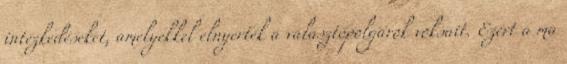
intézkedéseket, amelyekkel elnyerték a választópolgárok voksait. Ezért a ma